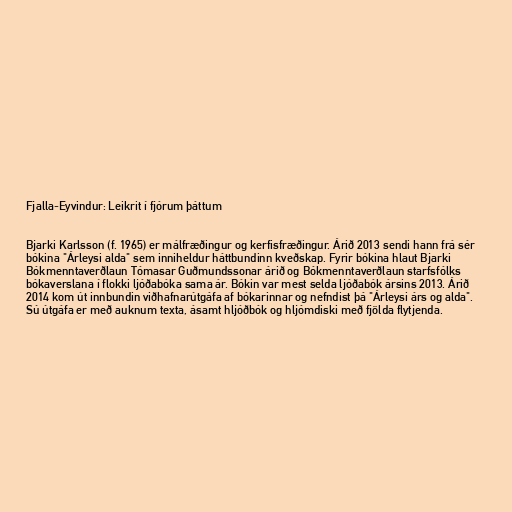
Fjalla-Eyvindur: Leikrit í fjórum þáttum

Bjarki Karlsson (f. 1965) er málfræðingur og kerfisfræðingur. Árið 2013 sendi hann frá sér
bókina "Árleysi alda" sem inniheldur háttbundinn kveðskap. Fyrir bókina hlaut Bjarki
Bókmenntaverðlaun Tómasar Guðmundssonar árið og Bókmenntaverðlaun starfsfólks
bókaverslana í flokki ljóðabóka sama ár. Bókin var mest selda ljóðabók ársins 2013. Árið
2014 kom út innbundin viðhafnarútgáfa af bókarinnar og nefndist þá "Árleysi árs og alda".
Sú útgáfa er með auknum texta, ásamt hljóðbók og hljómdiski með fjölda flytjenda.